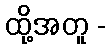
ထို့အတူ -